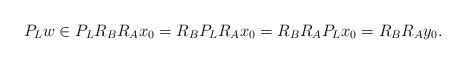
LaTeX: \begin{align*}P_Lw\in P_L R_B R_Ax_0=R_B P_L R_Ax_0= R_B R_A P_L x_0=R_BR_A y_0.\end{align*}